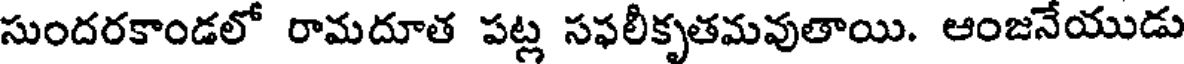
సుందరకాండలో రామదూత పట్ల సఫలీకృతమవుతాయి. ఆంజనేయుడు